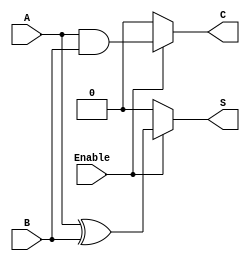
module conditional_half_adder (
    input wire A,       // First binary input
    input wire B,       // Second binary input
    input wire Enable,  // Control signal
    output wire S,      // Sum output
    output wire C       // Carry output
);

// Combinational logic for the half-adder
assign S = Enable ? (A ^ B) : 1'b0; // Sum is A XOR B when Enable is high, else 0
assign C = Enable ? (A & B) : 1'b0; // Carry is A AND B when Enable is high, else 0

endmodule